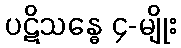
ပဋိသန္ဓေ ၄-မျိုး